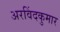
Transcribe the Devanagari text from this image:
अरविंदकुमार